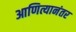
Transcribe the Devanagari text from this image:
आणित्यानंतर